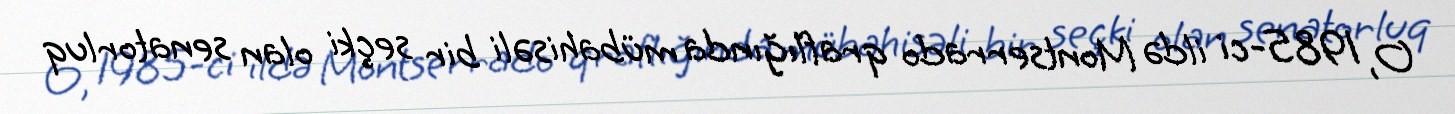
O, 1985-ci ildə Montserrado qraflığında mübahisəli bir seçki olan senatorluq